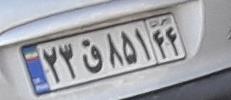
۲۳ق۸۵۱۴۴